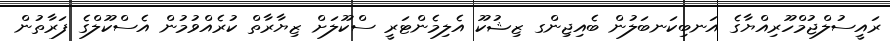
ރައީސުލްޖުމްހޫރިއްޔާގެ އަނބިކަނބަލުން ބެއިޖިންގ ޒިޝުކޫ އެލިމެންޓަރީ ސްކޫލަށް ޒިޔާރާތް ކުރެއްވުމުން އެސްކޫލްގެ ފަރާތުން